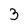
Character: 3